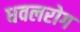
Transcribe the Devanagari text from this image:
धवलरोग